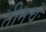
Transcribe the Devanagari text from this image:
तीनचः